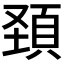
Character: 頚